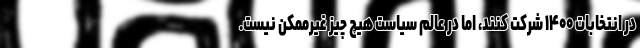
در انتخابات ۱۴۰۰ شرکت کنند، اما در عالم سیاست هیچ چیز غیرممکن نیست.